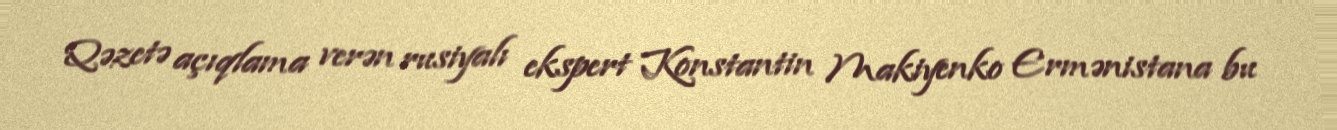
Qəzetə açıqlama verən rusiyalı ekspert Konstantin Makiyenko Ermənistana bu